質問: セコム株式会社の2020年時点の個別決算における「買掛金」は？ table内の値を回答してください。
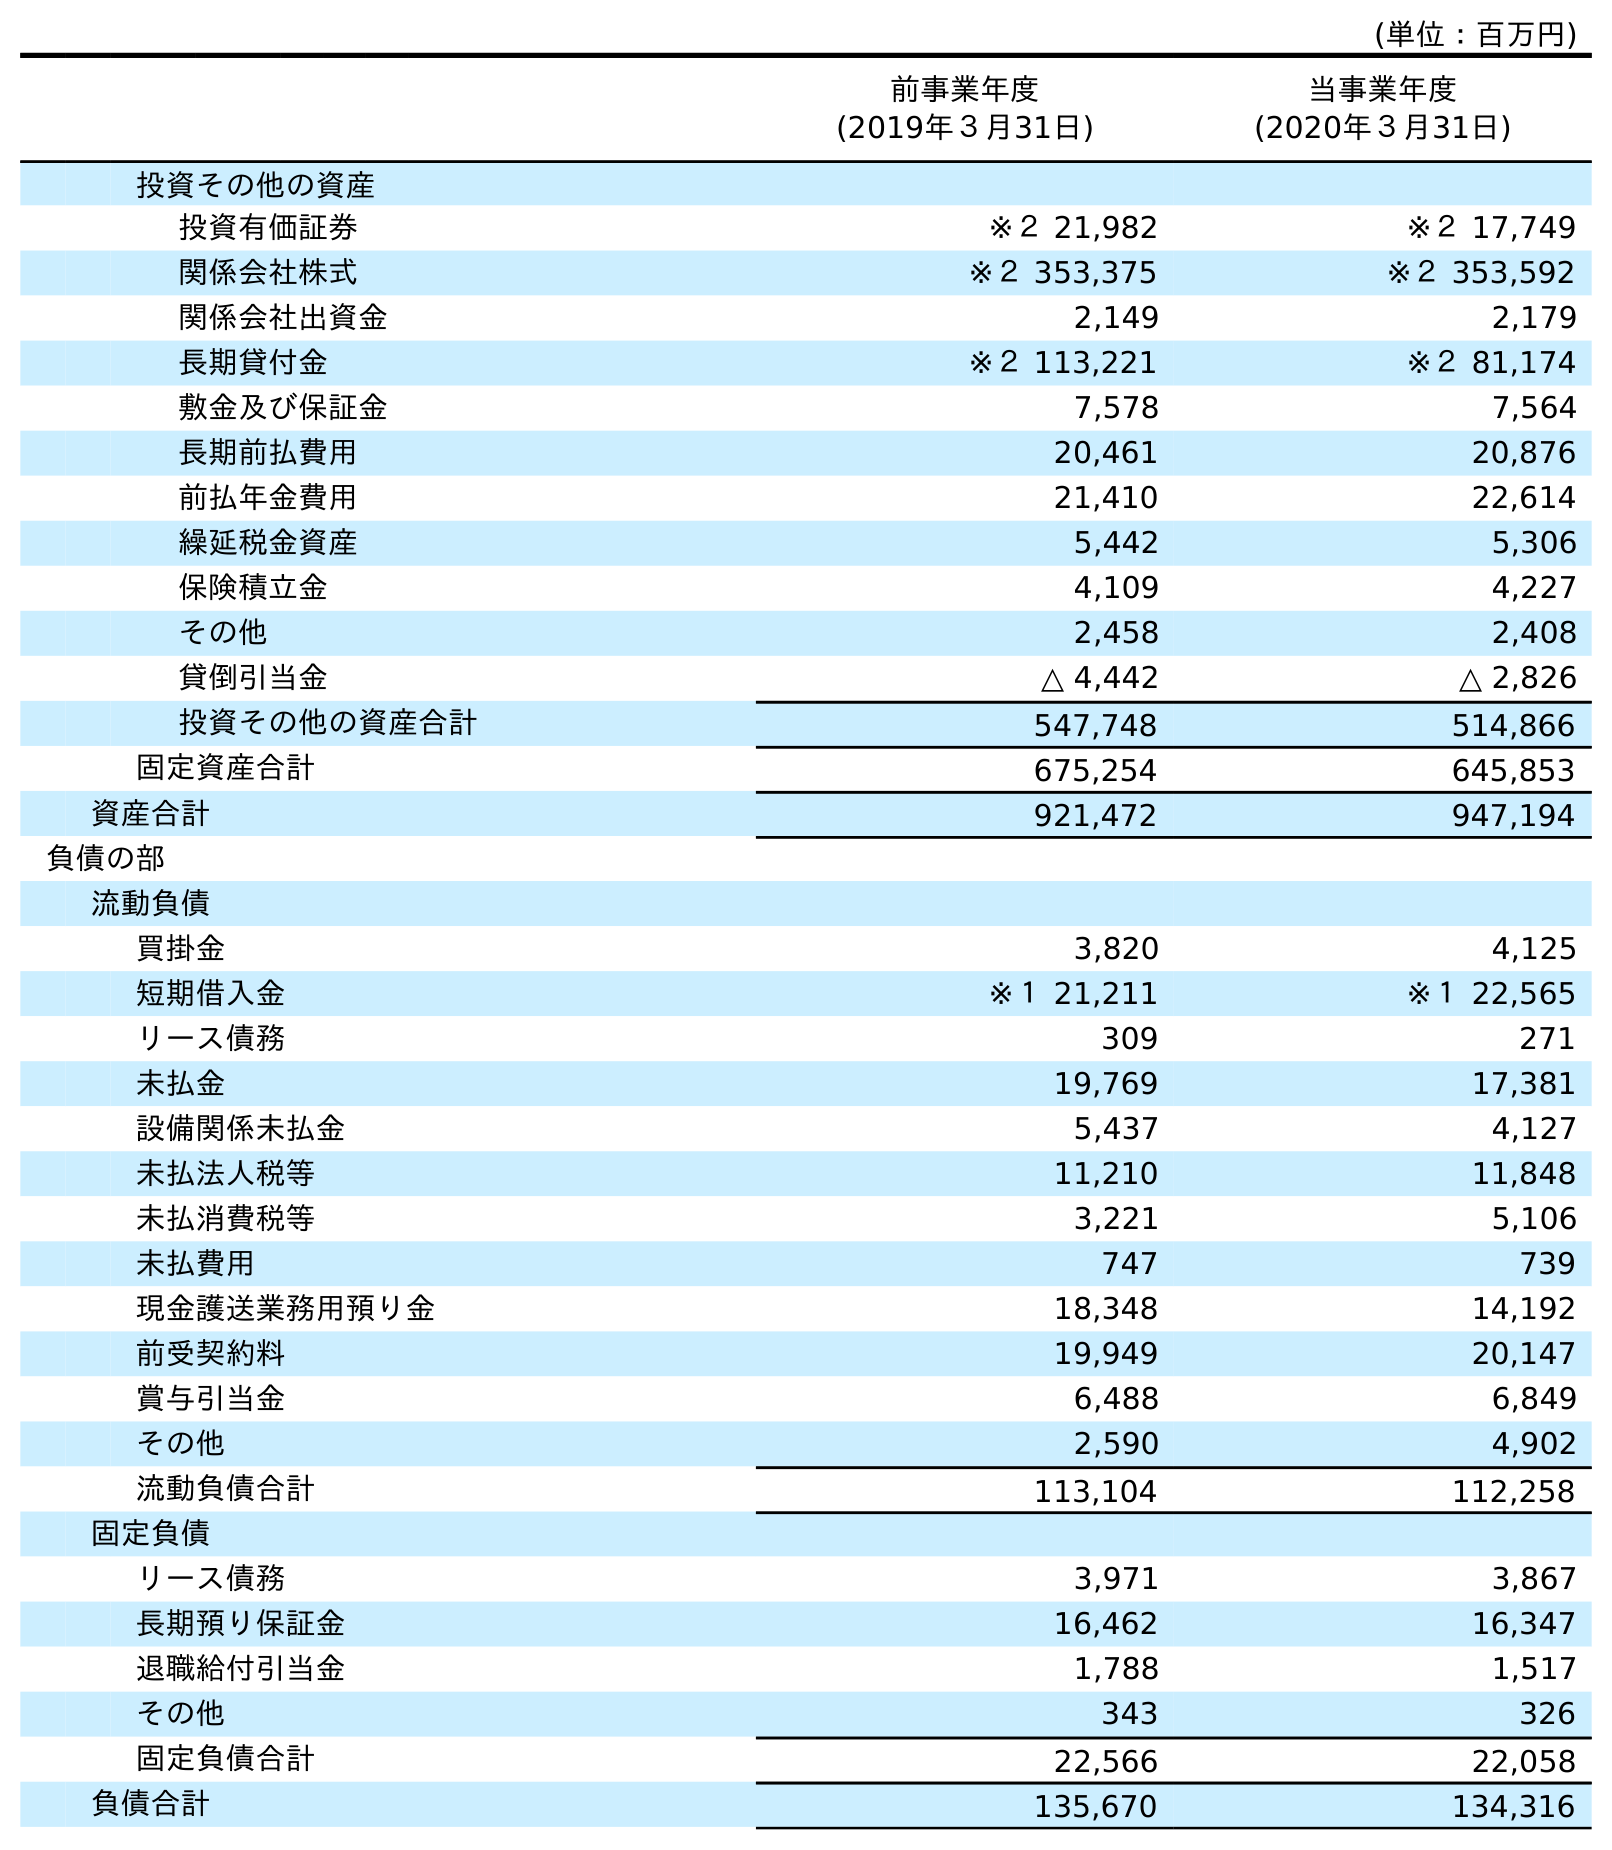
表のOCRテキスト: (単位：百万円) 前事業年度 (2019年３月31日) 当事業年度 (2020年３月31日) 投資その他の資産 投資有価証券 ※２ 21,982 ※２ 17,749 関係会社株式 ※２ 353,375 ※２ 353,592 関係会社出資金 2,149 2,179 長期貸付金 ※２ 113,221 ※２ 81,174 敷金及び保証金 7,578 7,564 長期前払費用 20,461 20,876 前払年金費用 21,410 22,614 繰延税金資産 5,442 5,306 保険積立金 4,109 4,227 その他 2,458 2,408 貸倒引当金 △ 4,442 △ 2,826 投資その他の資産合計 547,748 514,866 固定資産合計 675,254 645,853 資産合計 921,472 947,194 負債の部 流動負債 買掛金 3,820 4,125 短期借入金 ※１ 21,211 ※１ 22,565 リース債務 309 271 未払金 19,769 17,381 設備関係未払金 5,437 4,127 未払法人税等 11,210 11,848 未払消費税等 3,221 5,106 未払費用 747 739 現金護送業務用預り金 18,348 14,192 前受契約料 19,949 20,147 賞与引当金 6,488 6,849 その他 2,590 4,902 流動負債合計 113,104 112,258 固定負債 リース債務 3,971 3,867 長期預り保証金 16,462 16,347 退職給付引当金 1,788 1,517 その他 343 326 固定負債合計 22,566 22,058 負債合計 135,670 134,316
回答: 4,125